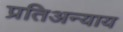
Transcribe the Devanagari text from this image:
प्रतिअन्याय